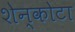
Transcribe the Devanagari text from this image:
शेन्कोटा